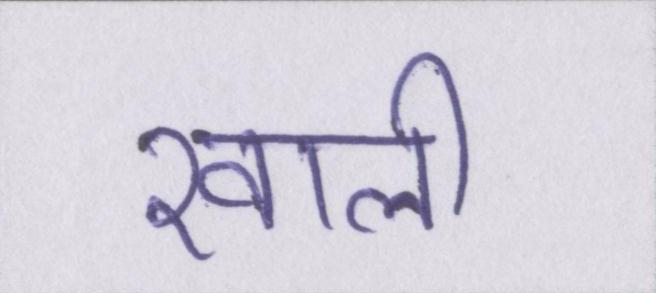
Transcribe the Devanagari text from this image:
खाली